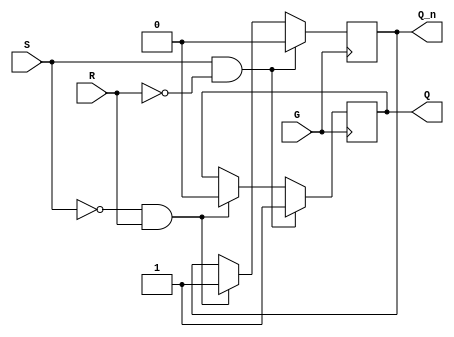
module Gated_SR_FlipFlop (
    input G,
    input S,
    input R,
    output reg Q,
    output reg Q_n
);

always @(posedge G) begin
    if (S && !R) begin
        Q <= 1;
        Q_n <= 0;
    end else if (!S && R) begin
        Q <= 0;
        Q_n <= 1;
    end else begin
        Q <= Q;
        Q_n <= Q_n;
    end
end

endmodule